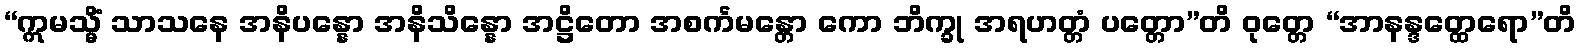
“ဣမသ္မိံ သာသနေ အနိပန္နော အနိသိန္နော အဋ္ဌိတော အစင်္ကမန္တော ကော ဘိက္ခု အရဟတ္တံ ပတ္တော”တိ ဝုတ္တေ “အာနန္ဒတ္ထေရော”တိ